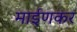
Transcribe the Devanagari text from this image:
माईणकर